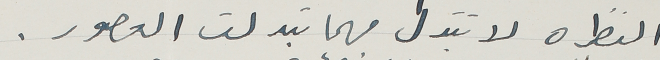
النظره لا تتبدل مهما تبدلت العصور.